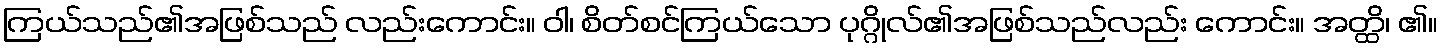
ကြယ်သည်၏အဖြစ်သည် လည်းကောင်း။ ဝါ၊ စိတ်စင်ကြယ်သော ပုဂ္ဂိုလ်၏အဖြစ်သည်လည်း ကောင်း။ အတ္ထိ၊ ၏။